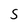
Character: S